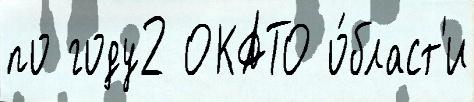
по году2 ОКАТО о́бласт'и